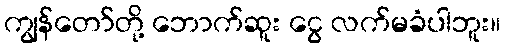
ကျွန်တော်တို့ ဘောက်ဆူး ငွေ လက်မခံပါဘူး။